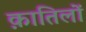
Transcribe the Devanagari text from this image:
क़ातिलों